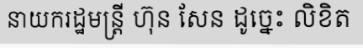
នាយករដ្ឋមន្ត្រី ហ៊ុន សែន ដូច្នេះ លិខិត